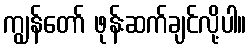
ကျွန်တော် ဖုန်းဆက်ချင်လို့ပါ။